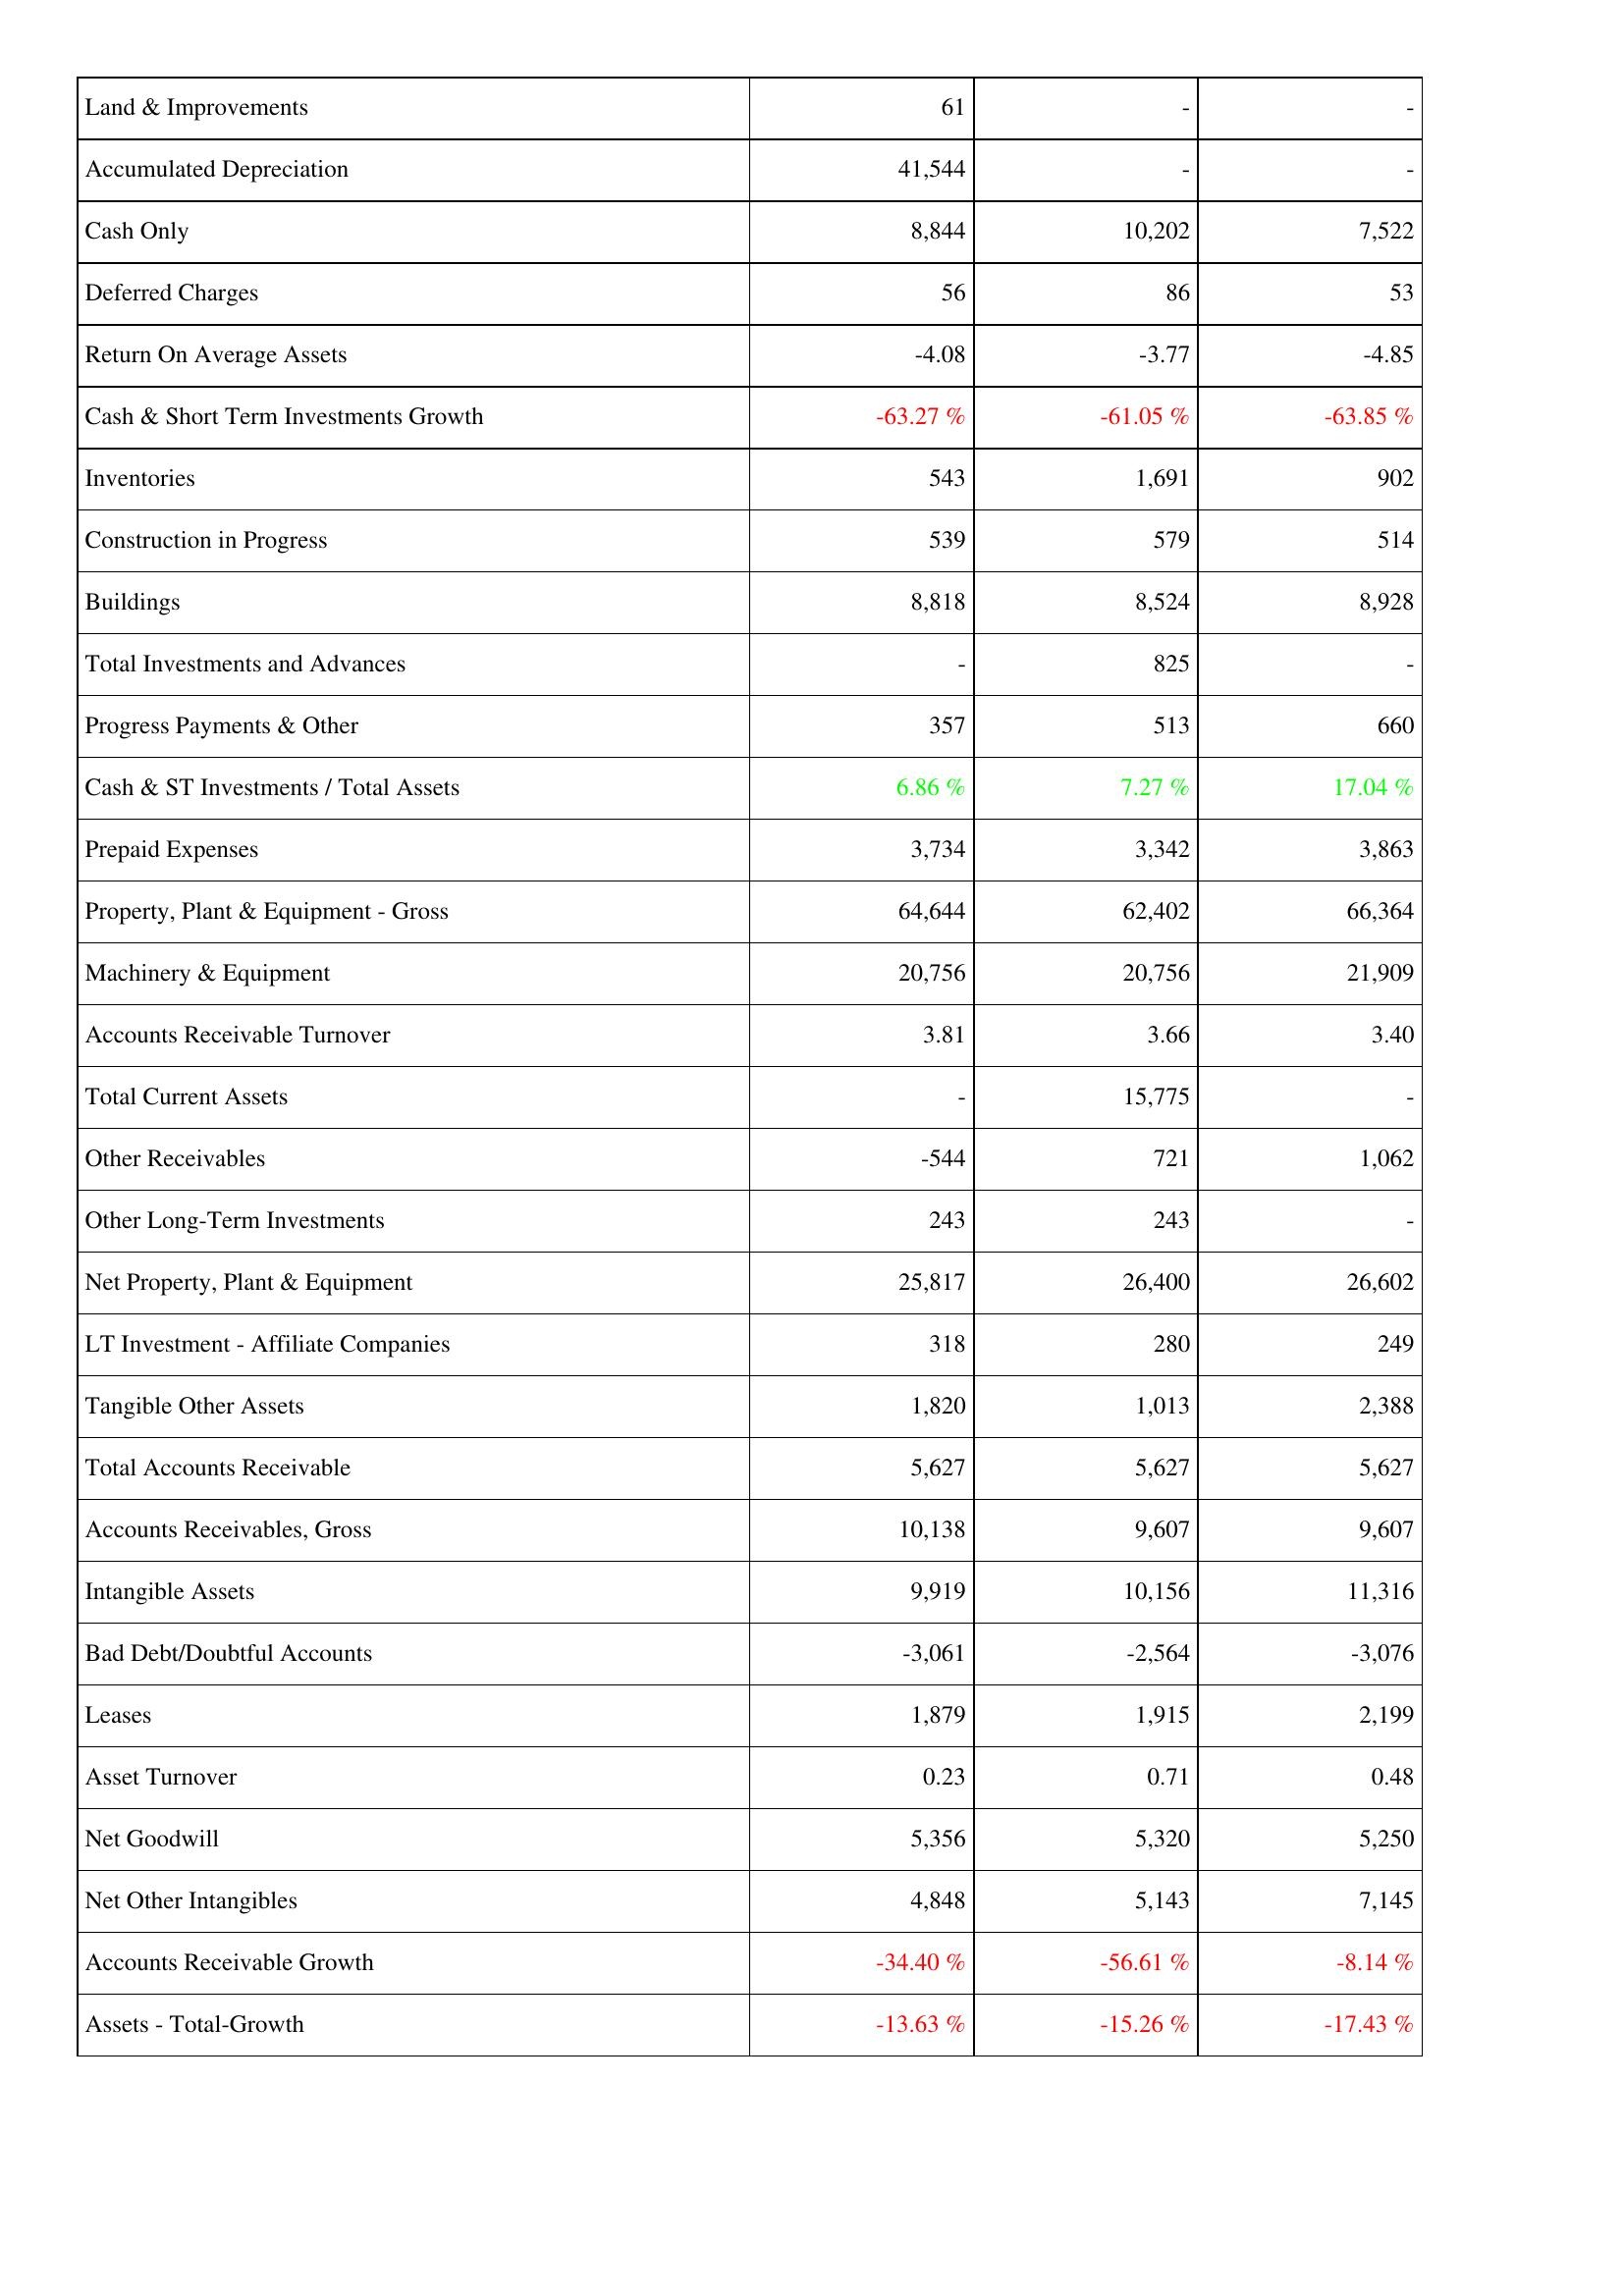
2018: Assets: Land & Improvements: 61
Accumulated Depreciation: 41,544
Cash Only: 8,844
Deferred Charges: 56
Return On Average Assets: -4.08
Cash & Short Term Investments Growth: -63.27 %
Inventories: 543
Construction in Progress: 539
Buildings: 8,818
Total Investments and Advances: -
Progress Payments & Other: 357
Cash & ST Investments / Total Assets: 6.86 %
Prepaid Expenses: 3,734
Property, Plant & Equipment - Gross: 64,644
Machinery & Equipment: 20,756
Accounts Receivable Turnover: 3.81
Total Current Assets: -
Other Receivables: -544
Other Long-Term Investments: 243
Net Property, Plant & Equipment: 25,817
LT Investment - Affiliate Companies: 318
Tangible Other Assets: 1,820
Total Accounts Receivable: 5,627
Accounts Receivables, Gross: 10,138
Intangible Assets: 9,919
Bad Debt/Doubtful Accounts: -3,061
Leases: 1,879
Asset Turnover: 0.23
Net Goodwill: 5,356
Net Other Intangibles: 4,848
Accounts Receivable Growth: -34.40 %
Assets - Total-Growth: -13.63 %
2019: Assets: Land & Improvements: -
Accumulated Depreciation: -
Cash Only: 10,202
Deferred Charges: 86
Return On Average Assets: -3.77
Cash & Short Term Investments Growth: -61.05 %
Inventories: 1,691
Construction in Progress: 579
Buildings: 8,524
Total Investments and Advances: 825
Progress Payments & Other: 513
Cash & ST Investments / Total Assets: 7.27 %
Prepaid Expenses: 3,342
Property, Plant & Equipment - Gross: 62,402
Machinery & Equipment: 20,756
Accounts Receivable Turnover: 3.66
Total Current Assets: 15,775
Other Receivables: 721
Other Long-Term Investments: 243
Net Property, Plant & Equipment: 26,400
LT Investment - Affiliate Companies: 280
Tangible Other Assets: 1,013
Total Accounts Receivable: 5,627
Accounts Receivables, Gross: 9,607
Intangible Assets: 10,156
Bad Debt/Doubtful Accounts: -2,564
Leases: 1,915
Asset Turnover: 0.71
Net Goodwill: 5,320
Net Other Intangibles: 5,143
Accounts Receivable Growth: -56.61 %
Assets - Total-Growth: -15.26 %
2020: Assets: Land & Improvements: -
Accumulated Depreciation: -
Cash Only: 7,522
Deferred Charges: 53
Return On Average Assets: -4.85
Cash & Short Term Investments Growth: -63.85 %
Inventories: 902
Construction in Progress: 514
Buildings: 8,928
Total Investments and Advances: -
Progress Payments & Other: 660
Cash & ST Investments / Total Assets: 17.04 %
Prepaid Expenses: 3,863
Property, Plant & Equipment - Gross: 66,364
Machinery & Equipment: 21,909
Accounts Receivable Turnover: 3.40
Total Current Assets: -
Other Receivables: 1,062
Other Long-Term Investments: -
Net Property, Plant & Equipment: 26,602
LT Investment - Affiliate Companies: 249
Tangible Other Assets: 2,388
Total Accounts Receivable: 5,627
Accounts Receivables, Gross: 9,607
Intangible Assets: 11,316
Bad Debt/Doubtful Accounts: -3,076
Leases: 2,199
Asset Turnover: 0.48
Net Goodwill: 5,250
Net Other Intangibles: 7,145
Accounts Receivable Growth: -8.14 %
Assets - Total-Growth: -17.43 %